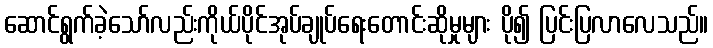
ဆောင်ရွက်ခဲ့သော်လည်းကိုယ်ပိုင်အုပ်ချုပ်ရေးတောင်းဆိုမှုများ ပို၍ ပြင်းပြလာလေသည်။